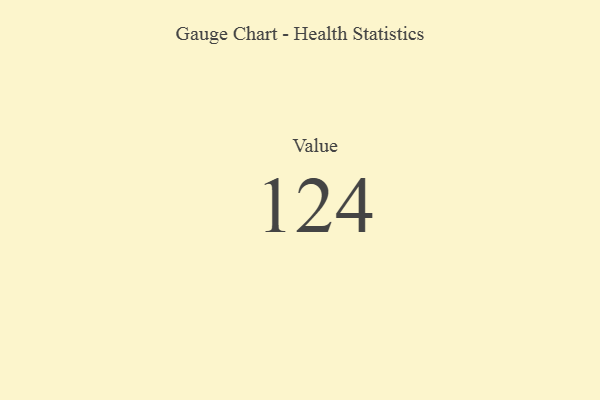
{"axis": {"x": "Metric", "y": "Value"}, "legend": [""], "data": [{"x": "Value", "y": 124, "type": ""}]}